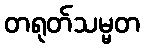
တရုတ်သမ္မတ